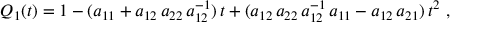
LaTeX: Q _ { 1 } ( t ) = 1 - ( a _ { 1 1 } + a _ { 1 2 } \, a _ { 2 2 } \, a _ { 1 2 } ^ { - 1 } ) \, t + ( a _ { 1 2 } \, a _ { 2 2 } \, a _ { 1 2 } ^ { - 1 } \, a _ { 1 1 } - a _ { 1 2 } \, a _ { 2 1 } ) \, t ^ { 2 } \ ,